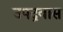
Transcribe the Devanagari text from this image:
उपद्रवास